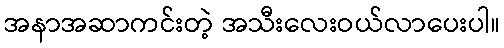
အနာအဆာကင်းတဲ့ အသီးလေးဝယ်လာပေးပါ။